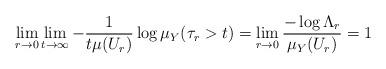
LaTeX: \begin{align*}\lim_{r \to 0} \lim_{t\to \infty} -\frac{1}{t \mu(U_r)} \log \mu_Y(\tau_r > t) = \lim_{r \to 0} \frac{-\log \Lambda_r}{\mu_Y(U_r)} = 1\end{align*}